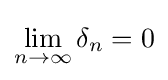
\lim _{n\rightarrow \infty }\delta _{n}=0